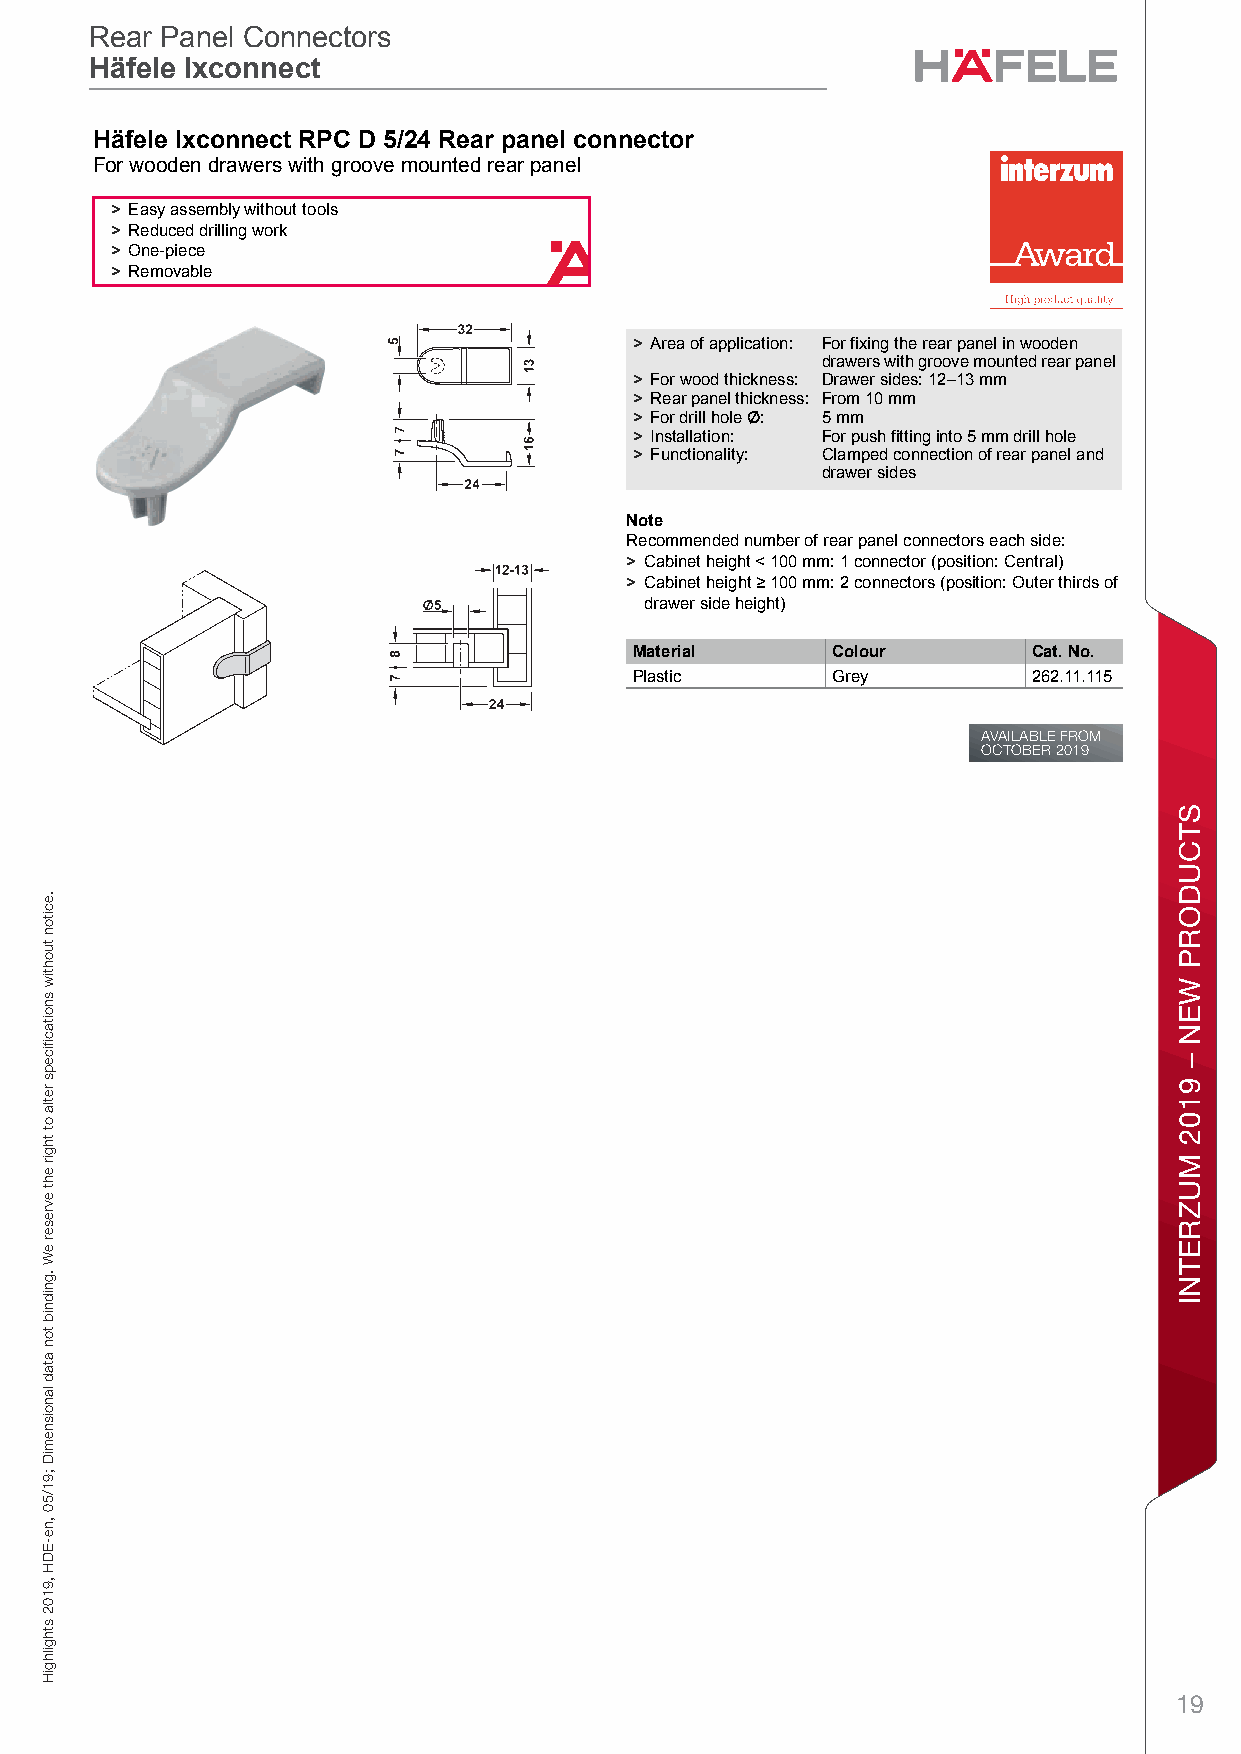
Rear Panel Connectors
 Ixconnect Rear Panel Connectors
 Häfele Ixconnect
 CHonnectorä TechnfologyeIxconnlect Reear Pa nel IConxnectorsc – / Plaonning annd ConsntructionDeimensiocnal datta no t binRding. We Preserve tChe right to alteDr specific ation5s witho/ut n2otice.4 Rear panel connector
 For wooden drawers with groove mounted rear panel
 4
 > Easy assembly without tools
 > Reduced drilling work
 > One-piece
 > Removable
 > Area of application: For fixing the rear panel in wooden
 drawers with groove mounted rear panel
 > For wood thickness: Drawer sides: 12–13 mm
 > Rear panel thickness: From 10 mm
 > For drill hole q: 5 mm
 > Installation: For push fitting into 5 mm drill hole
 > Functionality: Clamped connection of rear panel and
 drawer sides
 Note
 Recommended number of rear panel connectors each side:
 > Cabinet height < 100 mm: 1 connector (position: Central)
 > Cabinet height > 100 mm: 2 connectors (position: Outer thirds of
 drawer side height)
 Material     Colour       Cat. No.
 Plastic      Grey         262.11.115
 AVAILABLE FROM
 OCTOBER 2019
 19
 ygolonhceT
 rotcennoC
 .eciton
 tuohtiw
 snoitacfiiceps
 retla
 ot
 thgir
 eht
 evreser
 eW
 .gnidnib
 ton
 atad
 lanoisnemiD
 ;91/50
 ,ne-EDH
 ,9102
 sthgilhgiH
 STCUDORP
 WEN
 –
 9102
 MUZRETNI